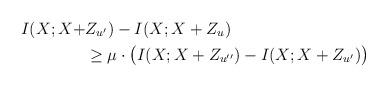
LaTeX: \begin{align*}I(X;X+&Z_{u'})-I(X;X+Z_u) \\&\geq \mu \cdot \bigl( I(X;X+Z_{u''})-I(X;X+Z_{u'}) \bigr) \end{align*}